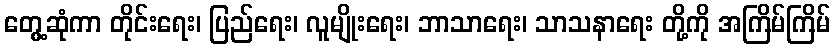
တွေ့ဆုံကာ တိုင်းရေး၊ ပြည်ရေး၊ လူမျိုးရေး၊ ဘာသာရေး၊ သာသနာရေး တို့ကို အကြိမ်ကြိမ်